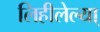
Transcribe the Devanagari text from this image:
लिहीलेल्या्